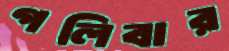
গলিবার